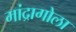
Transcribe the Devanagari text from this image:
मांद्रागोला